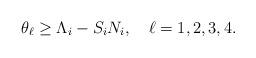
LaTeX: \begin{align*} \theta_\ell \geq \Lambda_i-S_iN_i,\quad\ell=1,2,3,4.\end{align*}